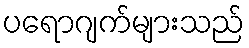
ပရောဂျက်များသည်